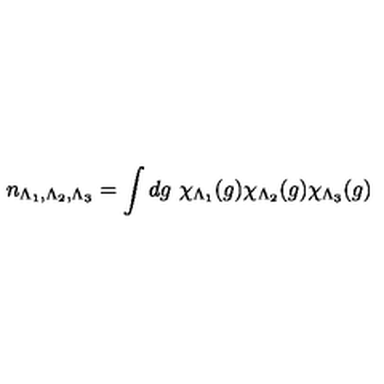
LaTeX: n _ { \Lambda _ { 1 } , \Lambda _ { 2 } , \Lambda _ { 3 } } = \int d g \ \chi _ { \Lambda _ { 1 } } ( g ) \chi _ { \Lambda _ { 2 } } ( g ) \chi _ { \Lambda _ { 3 } } ( g )